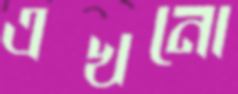
এখনো